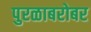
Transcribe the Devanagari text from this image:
पुरळाबरोबर